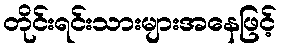
တိုင်းရင်းသားများအနေဖြင့်